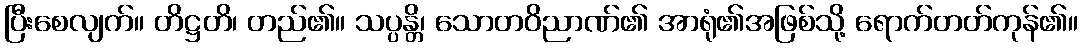
ပြီးစေလျက်။ တိဋ္ဌတိ၊ တည်၏။ သပ္ပန္တိ၊ သောတဝိညာဏ်၏ အာရုံ၏အဖြစ်သို့ ရောက်တတ်ကုန်၏။